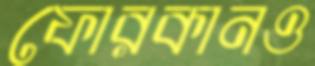
ফোরকানও